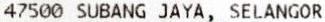
47500 SUBANG JAYA, SELANGOR